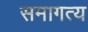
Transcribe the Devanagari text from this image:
समागत्य